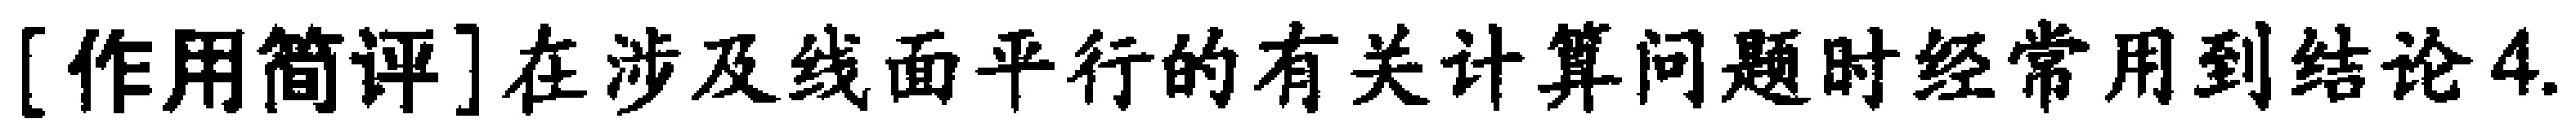
[作用简评]在涉及线面平行的有关计算问题时经常用到结论4.